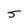
Character: J